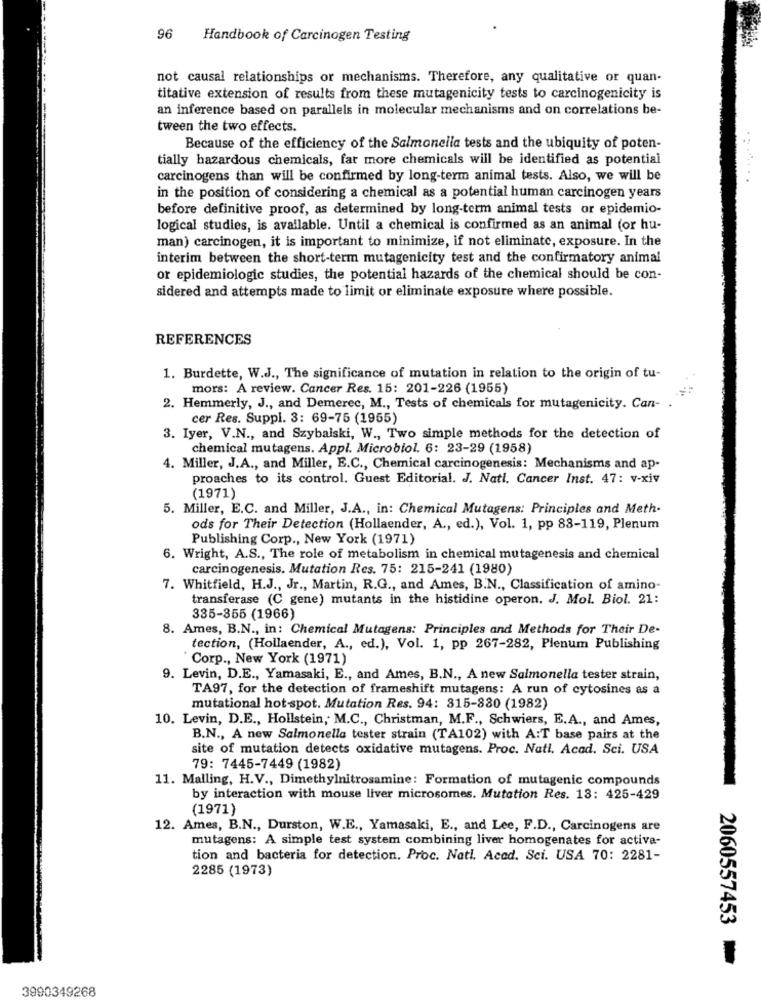
96
Handbook of Carcinogen Testing
not causal relationships or mechanisms. Therefore, any qualitative or quan-
titative extension of results from these mutagenicity tests to carcinogenicity is
an inference based on parallels in molecular mechanisms and on correlations be-
tween the two effects.
Because of the efficiency of the Salmonella tests and the ubiquity of poten-
tially hazardous chemicals, far more chemicals will be identified as potential
carcinogens than will be confirmed by long-term animal tests. Also, we will be
in the position of considering a chemical as a potential human carcinogen years
before definitive proof, as determined by long-term animal tests or epidemio-
logical studies, is available. Until a chemical is confirmed as an animal (or hu-
man) carcinogen, it is important to minimize, if not eliminate, exposure. In the
interim between the short-term mutagenicity test and the confirmatory animal
or epidemiologic studies, the potential hazards of the chemical should be con-
sidered and attempts made to limit or eliminate exposure where possible.
REFERENCES
1. Burdette, W.J ., The significance of mutation in relation to the origin of tu-
mors: A review. Cancer Res. 15: 201-226 (1955)
2. Hemmerly, J ., and Demerec, M ., Tests of chemicals for mutagenicity. Can-
cer Res. Suppl. 3: 69-75 (1955)
3. Iyer, V.N ., and Szybalski, W ., Two simple methods for the detection of
chemical mutagens. Appl. Microbiol. 6: 23-29 (1958)
4. Miller, J.A ., and Miller, E.C ., Chemical carcinogenesis: Mechanisms and ap-
proaches to its control. Guest Editorial. J. Natl. Cancer Inst. 47: v-xiv
(1971)
5. Miller, E.C. and Miller, J.A ., in: Chemical Mutagens: Principles and Meth-
ods for Their Detection (Hollaender, A ., ed.), Vol. 1, pp 83-119, Plenum
Publishing Corp ., New York (1971)
6. Wright, A.S ., The role of metabolism in chemical mutagenesis and chemical
carcinogenesis. Mutation Res. 75: 215-241 (1980)
7. Whitfield, H.J ., Jr ., Martin, R.G ., and Ames, B.N ., Classification of amino-
transferase (C gene) mutants in the histidine operon. J. Mol. Biol. 21:
335-355 (1966)
8. Ames, B.N ., in: Chemical Mutagens: Principles and Methods for Their De-
tection, (Hollaender, A ., ed.), Vol. 1, pp 267-282, Plenum Publishing
Corp ., New York (1971)
9. Levin, D.E ., Yamasaki, E ., and Ames, B.N ., A new Salmonella tester strain,
TA97, for the detection of frameshift mutagens: A run of cytosines as a
mutational hot-spot. Mutation Res. 94: 315-830 (1982)
10. Levin, D.E ., Hollstein, M.C ., Christman, M.F ., Schwiers, E.A ., and Ames,
B.N ., A new Salmonella tester strain (TA102) with A:T base pairs at the
site of mutation detects oxidative mutagens. Proc. Natl. Acad. Sci. USA
79: 7445-7449 (1982)
11. Malling, H.V ., Dimethylnitrosamine: Formation of mutagenic compounds
by interaction with mouse liver microsomes. Mutation Res. 13: 425-429
(1971)
12. Ames, B.N ., Durston, W.E ., Yamasaki, E ., and Lee, F.D ., Carcinogens are
mutagens: A simple test system combining liver homogenates for activa-
tion and bacteria for detection. Proc. Natl. Acad. Sci. USA 70: 2281-
2285 (1973)
2060557453
3990349268